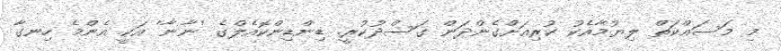
މި މަސައްކަތް ލިޔުމާއެކު ކުރިއަށްގެންދަން ގަސްދުކުރީ. ޑިންޑިންކޮއެލްގެ 'ނާނާ' އަކީ އެންމެ ހިނގާ